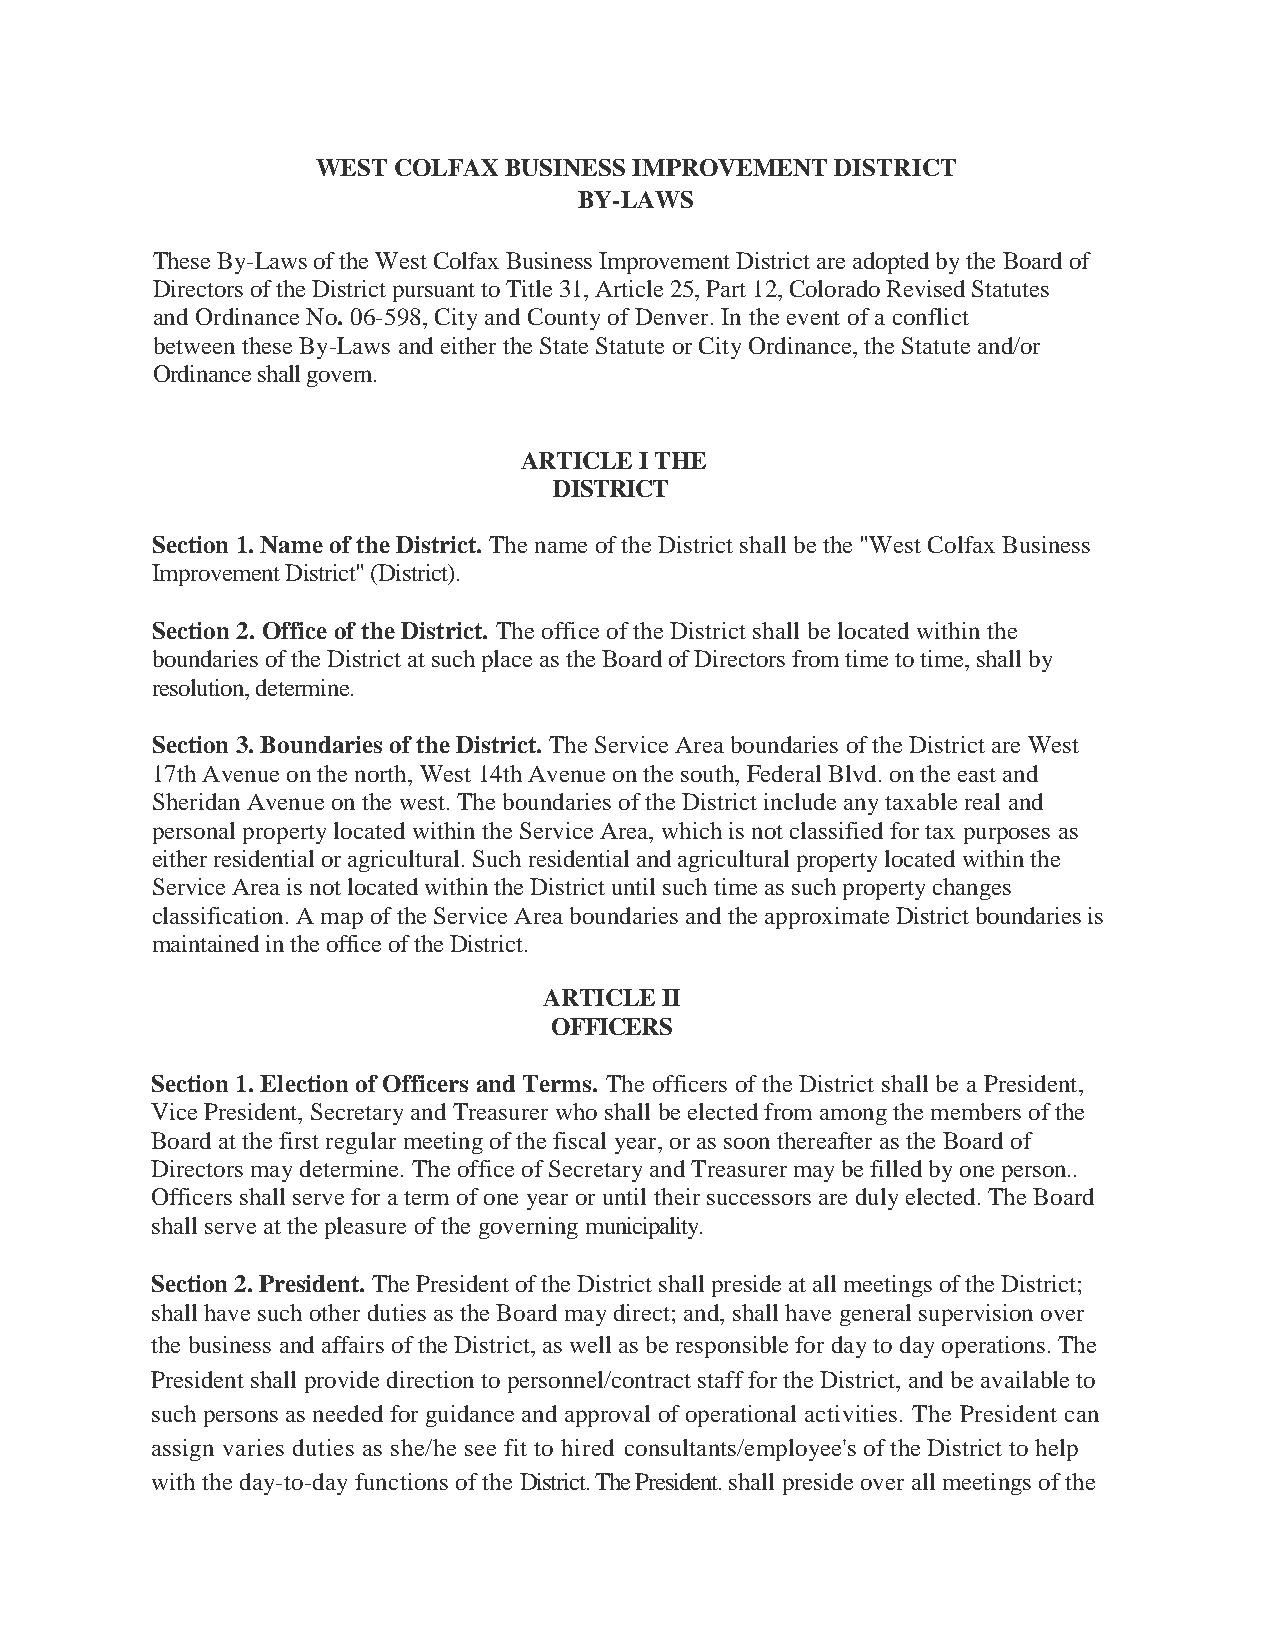
WEST COLFAX BUSINESS IMPROVEMENT  DISTRICT
 BY-LAWS
 These By-Laws of the West Colfax Business Improvement District are adopted by the Board of
 Directors of the District pursuant to Title 31, Article 25, Part 12, Colorado Revised Statutes
 and Ordinance No. 06-598, City and County of Denver. In the event of a conflict
 between these By-Laws and either the State Statute or City Ordinance, the Statute and/or
 Ordinance shall govern.
 ARTICLE I THE
 DISTRICT
 Section 1. Name of the District. The name of the District shall be the "West Colfax Business
 Improvement District" (District).
 Section 2. Office of the District. The office of the District shall be located within the
 boundaries of the District at such place as the Board of Directors from time to time, shall by
 resolution, determine.
 Section 3. Boundaries of the District. The Service Area boundaries of the District are West
 17th Avenue on the north, West 14th Avenue on the south, Federal Blvd. on the east and
 Sheridan Avenue on the west. The boundaries of the District include any taxable real and
 personal property located within the Service Area, which is not classified for tax purposes as
 either residential or agricultural. Such residential and agricultural property located within the
 Service Area is not located within the District until such time as such property changes
 classification. A map of the Service Area boundaries and the approximate District boundaries is
 maintained in the office of the District.
 ARTICLE II
 OFFICERS
 Section 1. Election of Officers and Terms. The officers of the District shall be a President,
 Vice President, Secretary and Treasurer who shall be elected from among the members of the
 Board at the first regular meeting of the fiscal year, or as soon thereafter as the Board of
 Directors may determine. The office of Secretary and Treasurer may be filled by one person..
 Officers shall serve for a term of one year or until their successors are duly elected. The Board
 shall serve at the pleasure of the governing municipality.
 Section 2. President. The President of the District shall preside at all meetings of the District;
 shall have such other duties as the Board may direct; and, shall have general supervision over
 the business and affairs of the District, as well as be responsible for day to day operations. The
 President shall provide direction to personnel/contract staff for the District, and be available to
 such persons as needed for guidance and approval of operational activities. The President can
 assign varies duties as she/he see fit to hired consultants/employee's of the District to help
 with the day-to-day functions of the District. The President. shall preside over all meetings of the